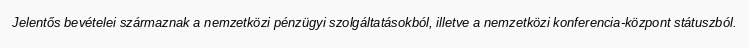
Jelentős bevételei származnak a nemzetközi pénzügyi szolgáltatásokból, illetve a nemzetközi konferencia-központ státuszból.